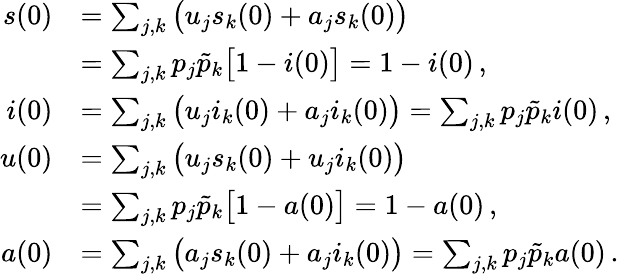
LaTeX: \begin{array}{rl}{s(0)}&{=\sum_{j,k}\big(u_{j}s_{k}(0)+a_{j}s_{k}(0)\big)}\\ {\: }&{=\sum_{j,k}p_{j}\tilde{p}_{k}\big[1-i(0)\big]=1-i(0)\, ,}\\ {i(0)}&{=\sum_{j,k}\big(u_{j}i_{k}(0)+a_{j}i_{k}(0)\big)=\sum_{j,k}p_{j}\tilde{p}_{k}i(0)\, ,}\\ {u(0)}&{=\sum_{j,k}\big(u_{j}s_{k}(0)+u_{j}i_{k}(0)\big)}\\ {\: }&{=\sum_{j,k}p_{j}\tilde{p}_{k}\big[1-a(0)\big]=1-a(0)\, ,}\\ {a(0)}&{=\sum_{j,k}\big(a_{j}s_{k}(0)+a_{j}i_{k}(0)\big)=\sum_{j,k}p_{j}\tilde{p}_{k}a(0)\, .}\end{array}